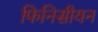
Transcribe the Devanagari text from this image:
फिनिसीयन